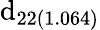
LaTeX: \mathrm{d}_{22(1.064)}